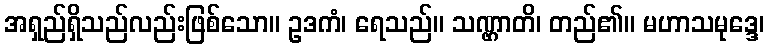
အရှည်ရှိသည်လည်းဖြစ်သော။ ဥဒကံ၊ ရေသည်။ သဏ္ဌာတိ၊ တည်၏။ မဟာသမုဒ္ဒေ၊